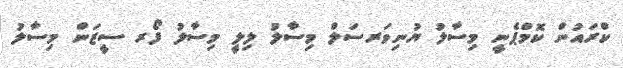
ކްރައުން ކޮމްޕެނީ މިސާލު ޔުނިވަރސަލް މިސާލު ލިލީ މިސާލު ފޯރ ސީޒަން މިސާލު